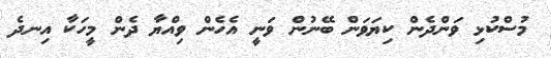
މުސްކުޅި ވަންދެން ކިޔަވަން ބޭނުން ވަނީ އެހެން ވިއްޔާ ދެން މީހަކާ އިނދެ